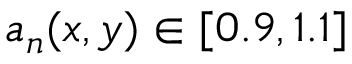
a _ { n } ( x , y ) \in [ 0 . 9 , 1 . 1 ]